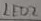
Text: LED2